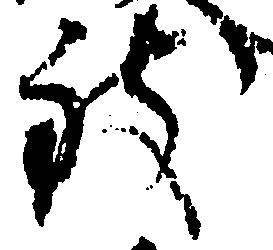
致